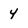
Character: y